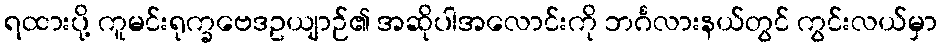
ရထားပို့ ကူမင်းရုက္ခဗေဒဥယျာဉ်၏ အဆိုပါအလောင်းကို ဘင်္ဂလားနယ်တွင် ကွင်းလယ်မှာ